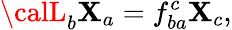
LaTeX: {\calL}_{b}\mathbf{X}_{a}=f_{ba}^{c}\mathbf{X}_{c},